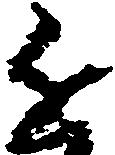
近